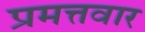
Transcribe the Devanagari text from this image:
प्रमत्तवार